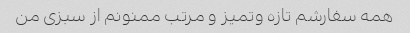
همه سفارشم تازه و‌تمیز و مرتب ممنونم از سبزی من